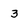
Character: 3